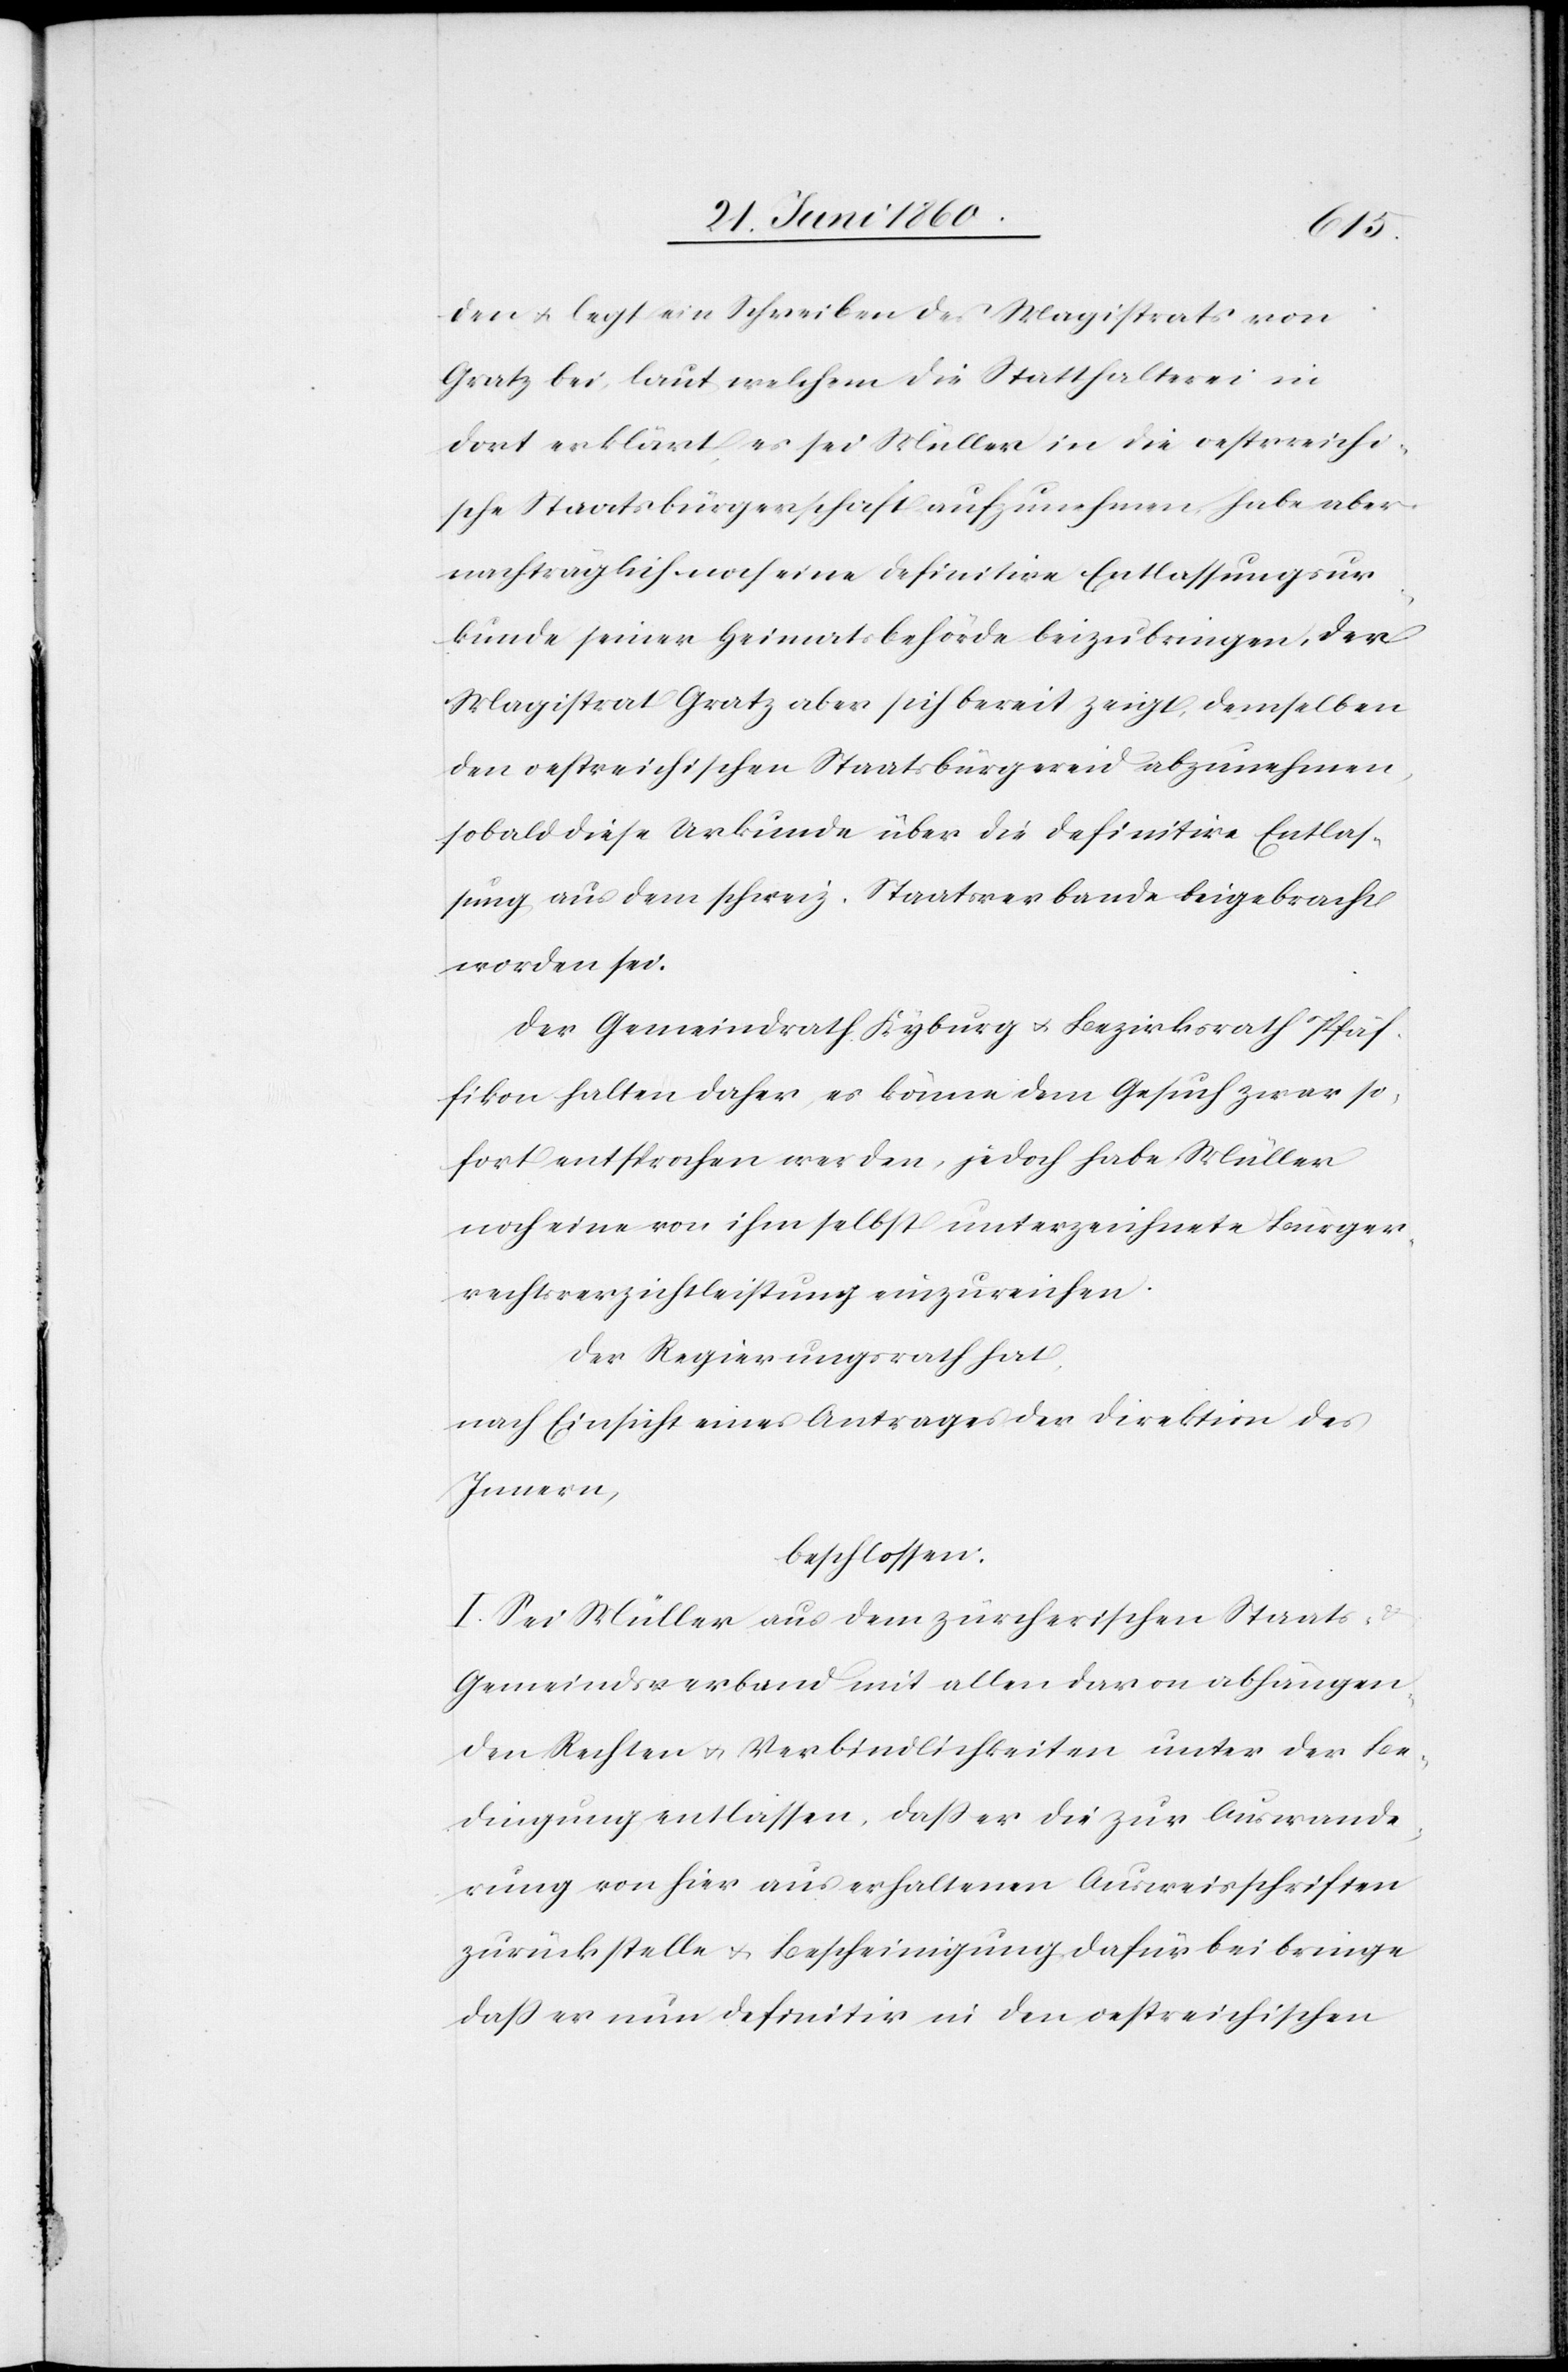
den u. legt ein Schreiben des Magistrats von
Gratz bei, laut welchem die Statthalterei in
dort erklärt, es sei Müller in die oestreichi¬
sche Staatsbürgerschaft aufzunehmen, habe aber
nachträglich noch eine definitive Entlassungsur¬
kunde seiner Heimatsbehörde beizubringen, der
Magistrat Gratz aber sich bereit zeigt, demselben
den oestreichischen Staatsbürgereid abzunehmen,
sobald diese Urkunde über die definitive Entlas¬
sung aus dem schweiz. Staatsverbande beigebracht
worden sei.
Der Gemeindrath Kyburg u. Bezirksrath Pfäf¬
fikon halten daher, es könne dem Gesuch zwar so¬
fort entsprochen werden, jedoch habe Müller
noch eine von ihm selbst unterzeichnete Bürger¬
rechtsverzichtleistung einzureichen.
Der Regierungsrath hat,
nach Einsicht eines Antrages der Direktion des
Innern,
beschlossen:
I. Sei Müller aus dem zürcherischen Staats- u.
Gemeindsverband mit allen davon abhängen¬
den Rechten u. Verbindlichkeiten unter der Be¬
dingung entlassen, dass er die zur Auswande¬
rung von hier aus erhaltenen Ausweisschriften
zurückstelle u. Bescheinigung dafür beibringe
dass er nun definitiv in den oestreichischen